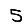
Digit: 5